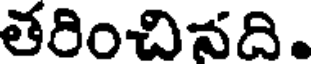
తరించినది.